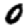
Digit: 0